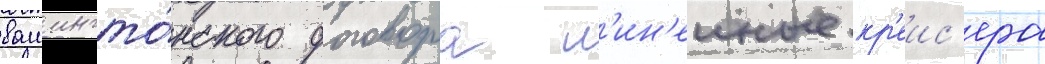
вашингто́нского договора л'ин'еиные кр'еис'ера